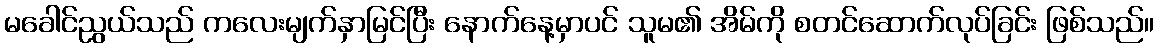
မခေါင်ညွယ်သည် ကလေးမျက်နှာမြင်ပြီး နောက်နေ့မှာပင် သူမ၏ အိမ်ကို စတင်ဆောက်လုပ်ခြင်း ဖြစ်သည်။